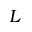
L